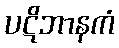
ပဋိဘာနကံ